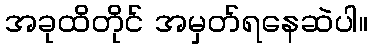
အခုထိတိုင် အမှတ်ရနေဆဲပါ။